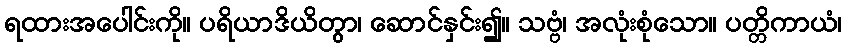
ရထားအပေါင်းကို။ ပရိယာဒိယိတွာ၊ ဆောင်နှင်း၍။ သဗ္ဗံ၊ အလုံးစုံသော။ ပတ္တိကာယံ၊